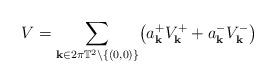
LaTeX: \begin{align*}V = \sum_{\mathbf k \in 2\pi \mathbb T^2 \setminus \lbrace (0,0)\rbrace} \bigl( a_{\mathbf k}^+ V_{\mathbf k}^+ + a_{\mathbf k}^- V_{\mathbf k}^- \bigr) \end{align*}